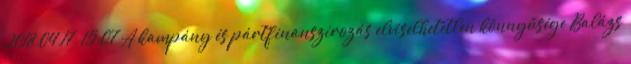
2018.04.17. 15:07 A kampány és pártfinanszírozás elviselhetetlen könnyűsége Balázs